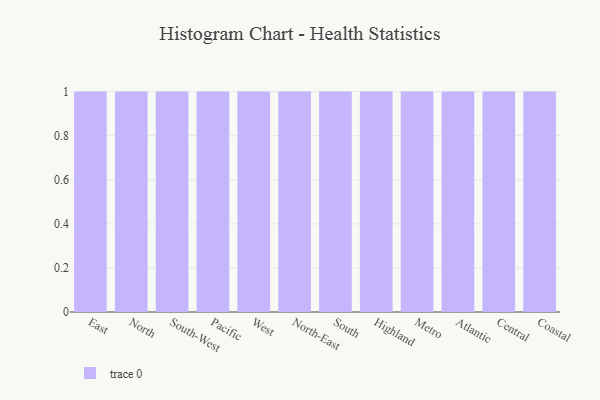
{"axis": {"x": "Region", "y": "Temperature (°C)"}, "legend": [""], "data": [{"x": "East", "y": 33, "type": ""}, {"x": "North", "y": 25, "type": ""}, {"x": "South-West", "y": 14, "type": ""}, {"x": "Pacific", "y": 83, "type": ""}, {"x": "West", "y": 79, "type": ""}, {"x": "North-East", "y": 6, "type": ""}, {"x": "South", "y": 60, "type": ""}, {"x": "Highland", "y": 11, "type": ""}, {"x": "Metro", "y": 15, "type": ""}, {"x": "Atlantic", "y": 22, "type": ""}, {"x": "Central", "y": 32, "type": ""}, {"x": "Coastal", "y": 71, "type": ""}]}